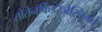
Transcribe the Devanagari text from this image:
तोतेनकिंडरजेस्चिचते